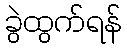
ခွဲထွက်ရန်